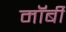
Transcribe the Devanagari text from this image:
मॉर्बी